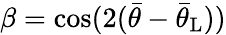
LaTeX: \beta=\cos(2(\bar{\theta}-\bar{\theta}_{\mathrm{{L}}}))